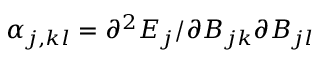
\alpha _ { j , k l } = \partial ^ { 2 } E _ { j } / \partial B _ { j k } \partial B _ { j l }